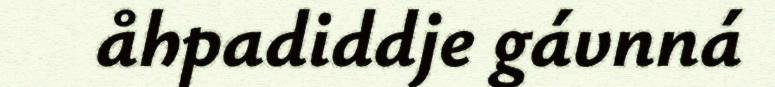
åhpadiddje gávnná